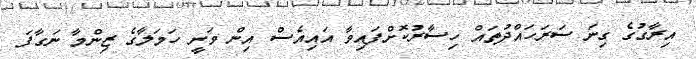
އިރާގުގެ ގިނަ ސަރަހައްދުތައް ހިސާރުކޮށްފައިވާ އައިއެސް އިން ވަނީ ހަމަލާގެ ޒިންމާ ނަގާފަ